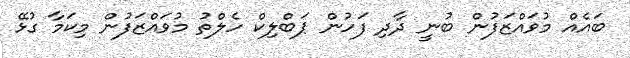
ބައެއް މުވައްޒަފުން ބުނީ ދާދި ފަހުން ޕަބްލިކް ހެލްތު މުވައްޒަފުން މިކަމާ ގުޅޭ